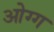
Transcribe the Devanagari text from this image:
ओग्ग